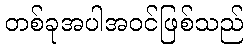
တစ်ခုအပါအဝင်ဖြစ်သည်